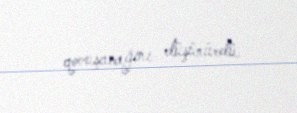
qovuşacağını düşünürdü.